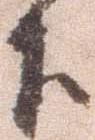
下